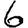
Digit: 6